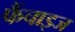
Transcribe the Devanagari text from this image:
फैंचाइज